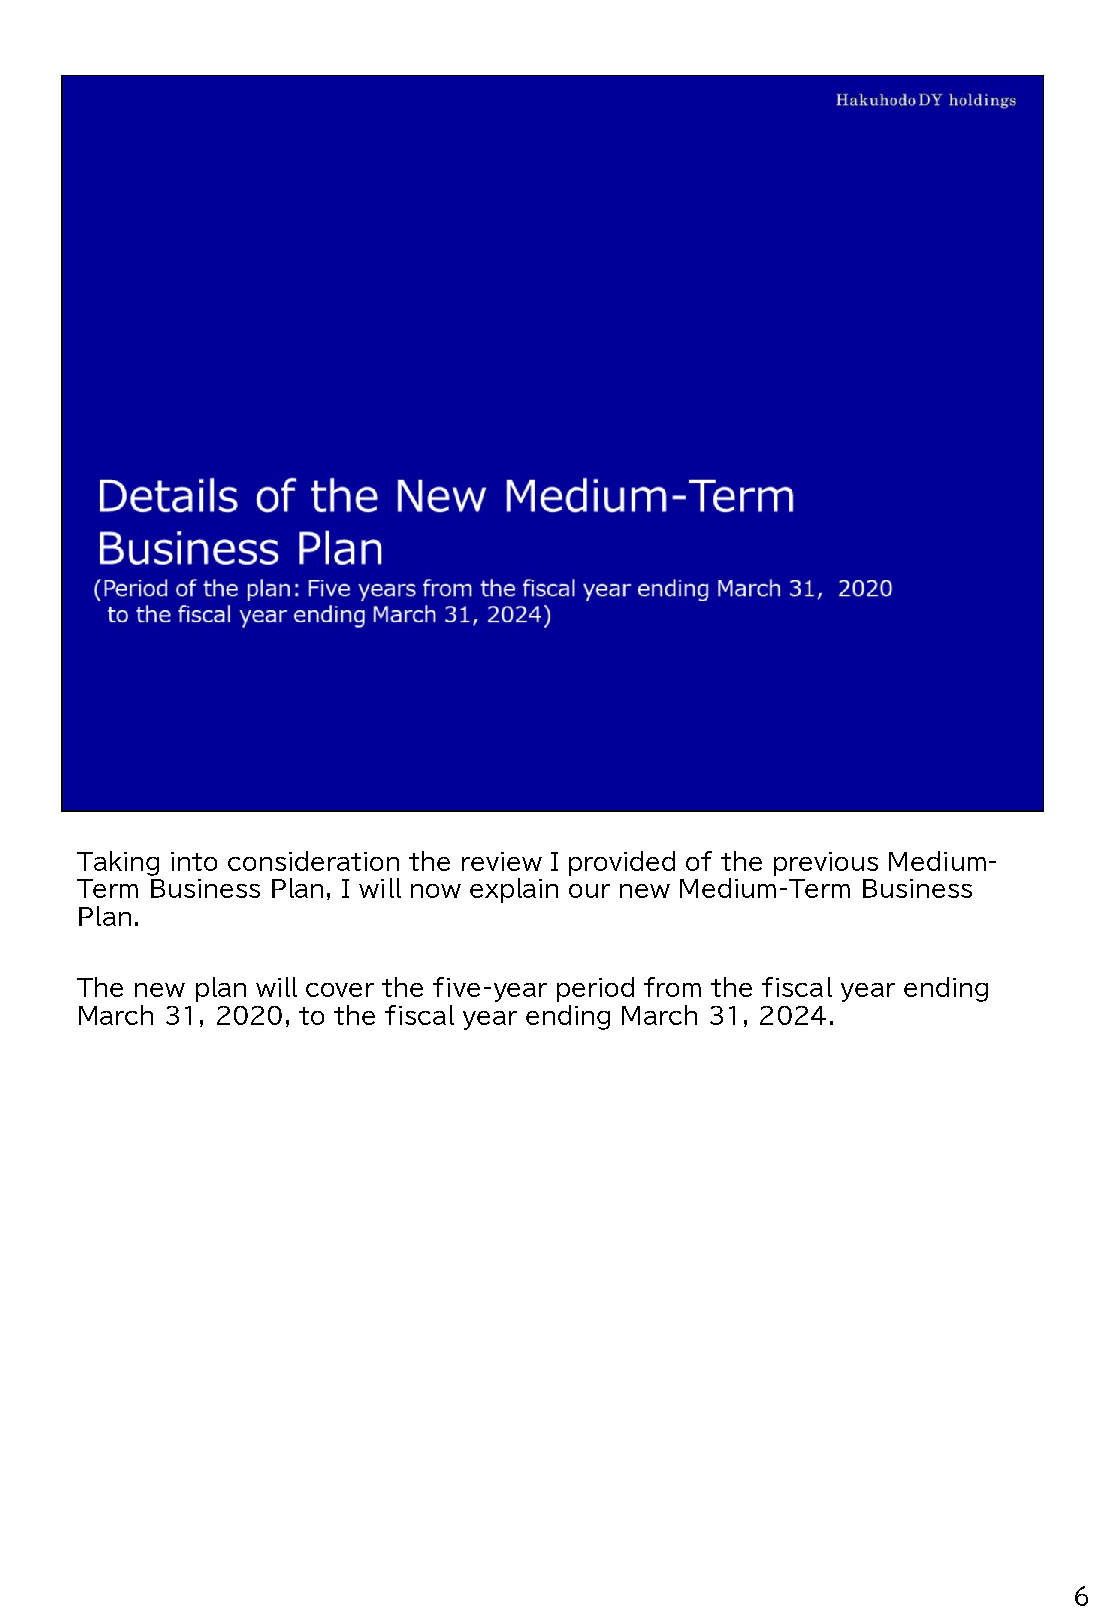
Taking into consideration the review I provided of the previous Medium-
 Term Business Plan, I will now explain our new Medium-Term Business
 Plan.
 The new plan will cover the five-year period from the fiscal year ending
 March 31, 2020, to the fiscal year ending March 31, 2024.
 6